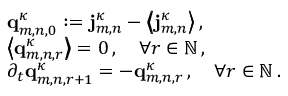
\begin{array} { r l } & { \mathbf { q } _ { m , n , 0 } ^ { \kappa } : = \mathbf { j } _ { m , n } ^ { \kappa } - \bigl \langle \! \! \bigl \langle \mathbf { j } _ { m , n } ^ { \kappa } \bigr \rangle \! \! \bigr \rangle \, , } \\ & { \bigl \langle \! \! \bigl \langle \mathbf { q } _ { m , n , r } ^ { \kappa } \bigr \rangle \! \! \bigr \rangle = 0 \, , \quad \forall r \in \ensuremath { \mathbb { N } } \, , } \\ & { \partial _ { t } \mathbf { q } _ { m , n , r + 1 } ^ { \kappa } = - \mathbf { q } _ { m , n , r } ^ { \kappa } \, , \quad \forall r \in \ensuremath { \mathbb { N } } \, . } \end{array}